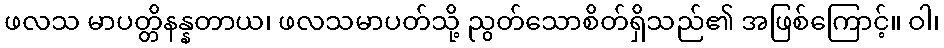
ဖလသ မာပတ္တိနန္နတာယ၊ ဖလသမာပတ်သို့ ညွတ်သောစိတ်ရှိသည်၏ အဖြစ်ကြောင့်။ ဝါ၊